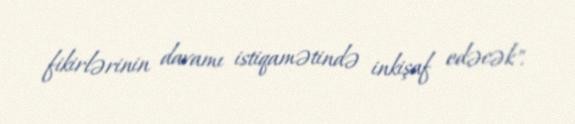
fikirlərinin davamı istiqamətində inkişaf edəcək".